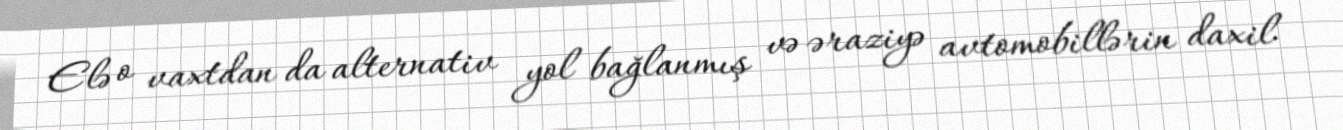
Elə o vaxtdan da alternativ yol bağlanmış və əraziyə avtomobillərin daxil